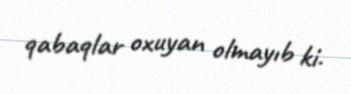
qabaqlar oxuyan olmayıb ki.